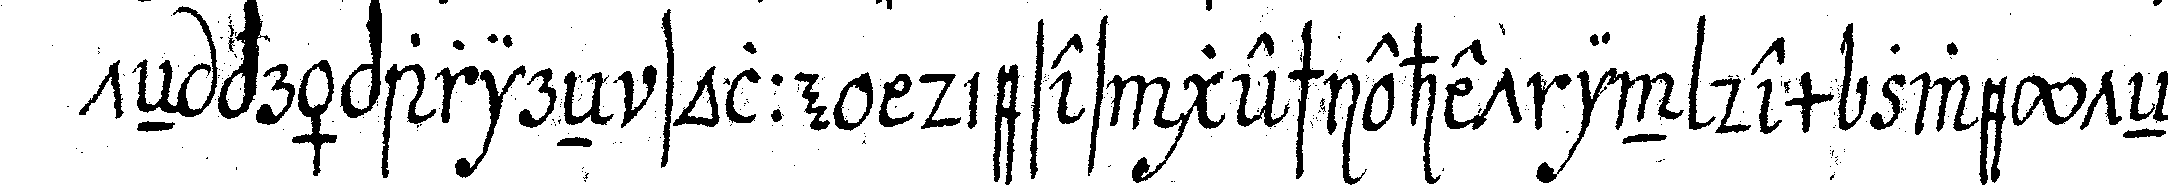
teN präparireN solle dieses geschiehet in dem zweyteN